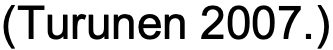
(Turunen 2007.)